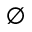
\varnothing